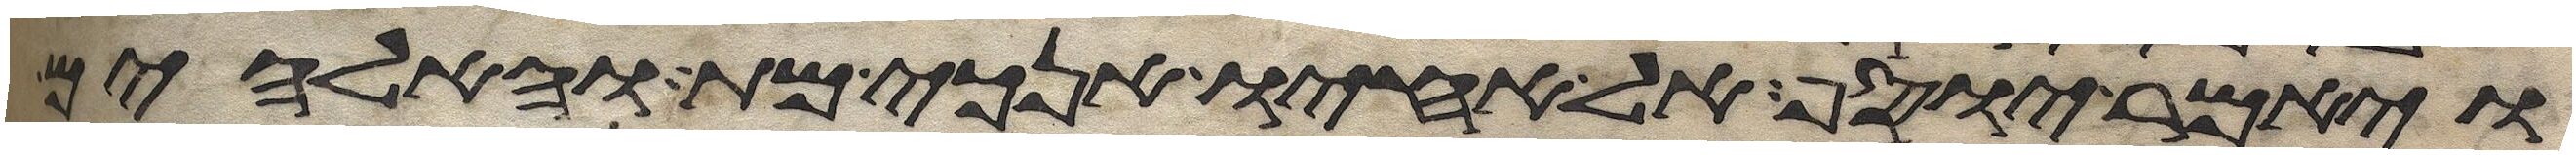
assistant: ויאמר יוסף אל אחיו אנכי מת והאלהים